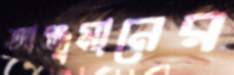
আঞ্জুমানের